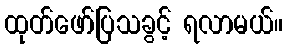
ထုတ်ဖော်ပြသခွင့် ရလာမယ်။